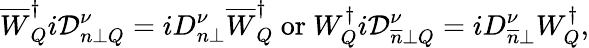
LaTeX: \overline{{{W}}}_{Q}^{\dagger}i\mathcal{D}_{n\perp Q}^{\nu}=iD_{n\perp}^{\nu}\overline{{{W}}}_{Q}^{\dagger}\ \mathrm{or}\ W_{Q}^{\dagger}i\mathcal{D}_{\overline{{{n}}}\perp Q}^{\nu}=iD_{\overline{{{n}}}\perp}^{\nu}W_{Q}^{\dagger},